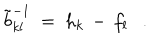
\tilde { b } _ { k l } ^ { - 1 } ~ = ~ h _ { k } \, - \, f _ { l } .